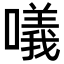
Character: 𠿿